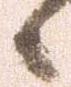
候